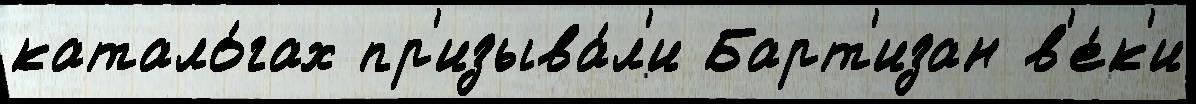
катало́гах пр'изыва́л'и Барт'изан в'е́к'и